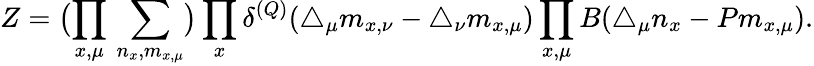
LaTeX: Z=\bigl(\prod_{x,\mu}\, \sum_{n_{x},m_{x,\mu}}\bigr)\prod_{x}\delta^{(Q)}(\triangle_{\mu}m_{x,\nu}-\triangle_{\nu}m_{x,\mu})\prod_{x,\mu}B(\triangle_{\mu}n_{x}-Pm_{x,\mu}).